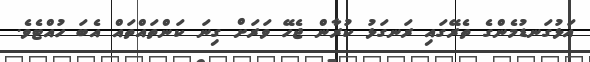
އަޅުގަނޑުމެންގެ ތެރޭގައި ރަނގަޅު ކުރާން ޖެހޭ ވަރަށް ގިނަ ކަންތައްތައް އެބަ ހުއްޓެވެ.